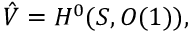
\hat { V } = H ^ { 0 } ( { \cal S } , { \cal O } ( 1 ) ) ,